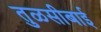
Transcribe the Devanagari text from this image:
तुळसीबाई